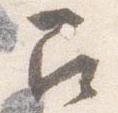
召